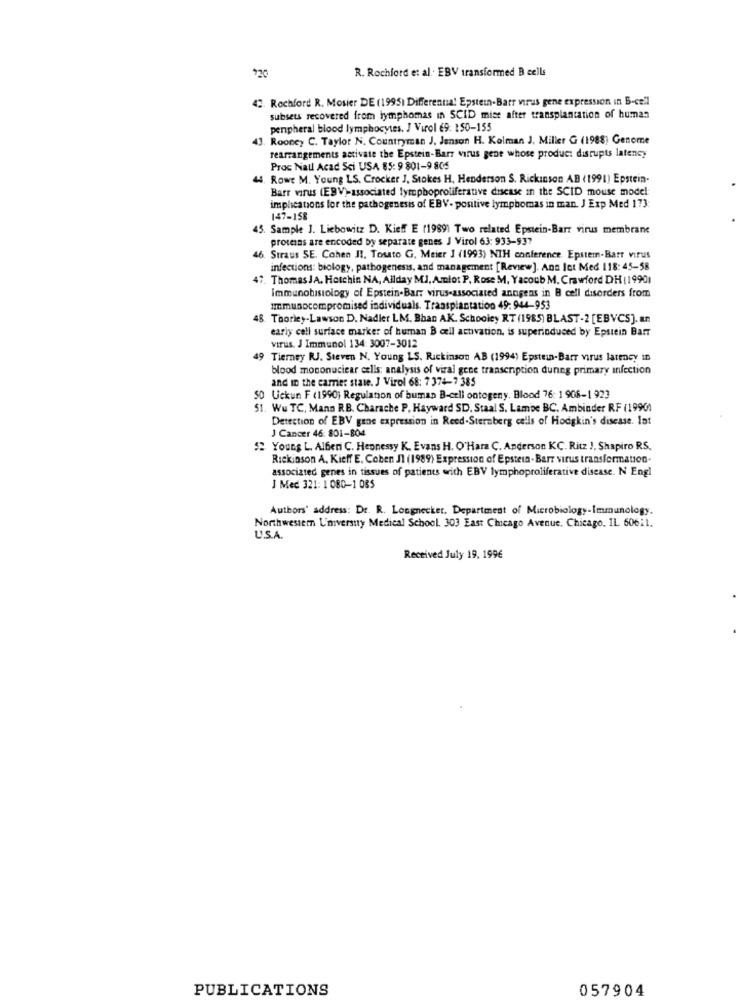
R. Rochford et al. EBV transformed B cells
720
42. Rochford R. Mosier DE (1995) Differenna! Epstein-Barr virus gene expression in B-cell
subsets recovered from lymphomas in SCID mise after transplantation of human
peripheral blood lymphocytes. J Virol 69: 150-155
3. Rooney C. Taylor N. Countryman J. Jenson H. Kolman J. Miller G (1988) Genome
rearrangements activate the Epstein-Barr virus gene whose product disrupts latency
Proc Natl Acad Sci USA 65: 9 801-9 805
. Rowe M. Young LS. Crocker J, Stokes H. Henderson S. Rickinson AB (1991) Epstein-
Barr virus (EBV)-associated lymphoproliferative discase in the SCID mouse model
implications for the pathogenesis of EBV- positive lymphomas in man. J Exp Med 173
147-158
45. Sample J. Liebowitz D. Kieff E (1989) Two related Epstein-Barr virus membrane
proteins are encoded by separate genes J Virol 63: 933-937
6. Straus SE. Cohen II. Touto G. Meier J (1993) NTH conference. Epstem-Barr virus
infections: biology, pathogenesis, and management [Review]. Ans Ict Med 118: 45-58
. Thomas JA. Hotchin NA, Allday MJ. Amlot P, Rose M. Yacoub M. Crawford DH ( 19901
Immunobisiology of Epstein-Barr virus-associated annigens in B cell disorders from
Immunocompromised individuals. Transplantation 49: 944-953
48 Thorley-Lawson D. Nadler LM. Bban AK. Schooley RT (1985) BLAST-2 [EBVCS]. an
early cell surface marker of human B cell activation. is superinduced by Epstein Barr
virus. J Immunol 134: 3007-3012
49 Tierney RJ. Steven N. Young LS. Rickinson AB (1994) Epstein-Barr virus latency In
blood mononuciear cells: analysis of viral gene transcription dunng primary infection
and in the carrier state. J Virol 68: 7 374-7 385
50 Uckun F (1990) Regulation of buman B-celi ontogeny. Blood 76: 1 908-1 923
51. Wu TC, Mann RB. Charache P. Hayward SD. Staal S. Lambe BC. Ambinder RF (19900
Detection of EBV gene expression in Reed-Sternberg cells of Hodgkin's disease. Int
J Cancer 46: 801-804
52 Young L. Alberi C. Hepnessy K. Evans H. O'Hara C. Anderson KC. Ritz ), Shapiro RS.
Rickinson A. Kieff E. Coben JI (1989) Expression of Epstein- Barr virus transformation-
associated genes in tissues of patients with EBV lymphoproliferative disease. N Engl
J Med 321: 1 080-1 085
Authors' address: Dr. R. Longnecker. Department of Microbiology-Immunology.
Northwestern University Medical School. 303 East Chicago Avenue. Chicago, IL 606:1.
U.S.A.
Received July 19, 1996
PUBLICATIONS
057904